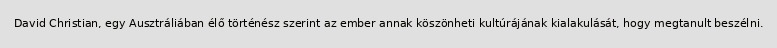
David Christian, egy Ausztráliában élő történész szerint az ember annak köszönheti kultúrájának kialakulását, hogy megtanult beszélni.